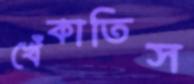
খেঁকাতিস